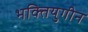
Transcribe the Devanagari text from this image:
भक्तियुगीन